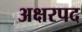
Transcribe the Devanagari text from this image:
अक्षरपद